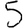
Digit: 5